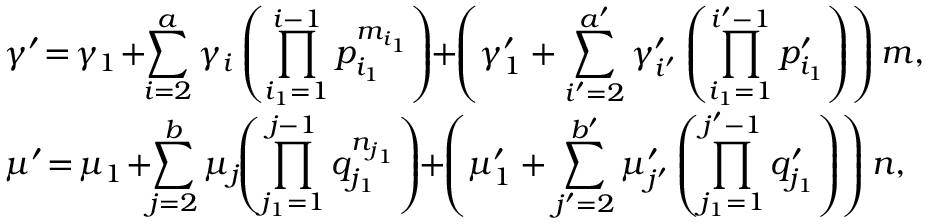
\begin{array} { r l } & { \gamma ^ { \prime } \! = \! \gamma _ { 1 } \! + \! \! \displaystyle \sum _ { i = 2 } ^ { a } \gamma _ { i } \left( \prod _ { i _ { 1 } = 1 } ^ { i - 1 } p _ { i _ { 1 } } ^ { m _ { i _ { 1 } } } \right) \! \! + \! \! \left( \gamma _ { 1 } ^ { \prime } + \sum _ { i ^ { \prime } = 2 } ^ { a ^ { \prime } } \gamma _ { i ^ { \prime } } ^ { \prime } \left( \prod _ { i _ { 1 } = 1 } ^ { i ^ { \prime } - 1 } p _ { i _ { 1 } } ^ { \prime } \right) \right) m , } \\ & { \mu ^ { \prime } \! = \! \mu _ { 1 } \! + \! \! \displaystyle \sum _ { j = 2 } ^ { b } \mu _ { j } \! \! \left( \prod _ { j _ { 1 } = 1 } ^ { j - 1 } q _ { j _ { 1 } } ^ { n _ { j _ { 1 } } } \right) \! \! + \! \! \left( \mu _ { 1 } ^ { \prime } + \sum _ { j ^ { \prime } = 2 } ^ { b ^ { \prime } } \mu _ { j ^ { \prime } } ^ { \prime } \left( \prod _ { j _ { 1 } = 1 } ^ { j ^ { \prime } - 1 } q _ { j _ { 1 } } ^ { \prime } \right) \right) n , } \end{array}